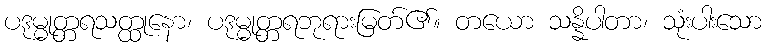
ပဒုမ္မုတ္တရသတ္ထုနော၊ ပဒုမ္မုတ္တရဘုရားမြတ်၏။ တယော သန္နိပါတာ၊ သုံးပါးသော